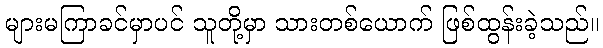
များမကြာခင်မှာပင် သူတို့မှာ သားတစ်ယောက် ဖြစ်ထွန်းခဲ့သည်။